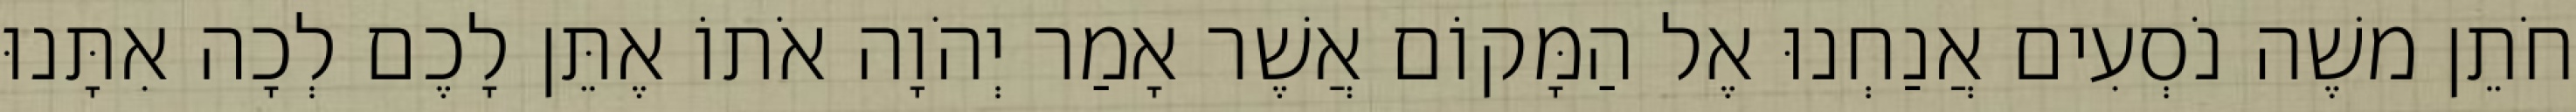
חֹתֵן משֶׁה נֹסְעִים אֲנַחְנוּ אֶל הַמָּקוֹם אֲשֶׁר אָמַר יְהֹוָה אֹתוֹ אֶתֵּן לָכֶם לְכָה אִתָּנוּ